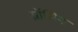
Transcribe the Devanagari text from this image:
ग्रॉसिग